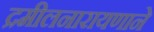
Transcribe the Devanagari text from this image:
द्रमीलनारायणाने